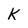
Character: K